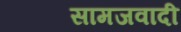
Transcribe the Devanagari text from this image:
सामजवादी